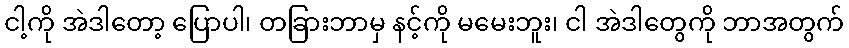
ငါ့ကို အဲဒါတော့ ပြောပါ၊ တခြားဘာမှ နင့်ကို မမေးဘူး၊ ငါ အဲဒါတွေကို ဘာအတွက်